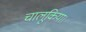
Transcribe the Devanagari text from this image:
चालूकिया।